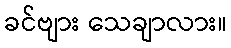
ခင်ဗျား သေချာလား။